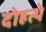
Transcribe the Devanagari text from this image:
दोहत्थे